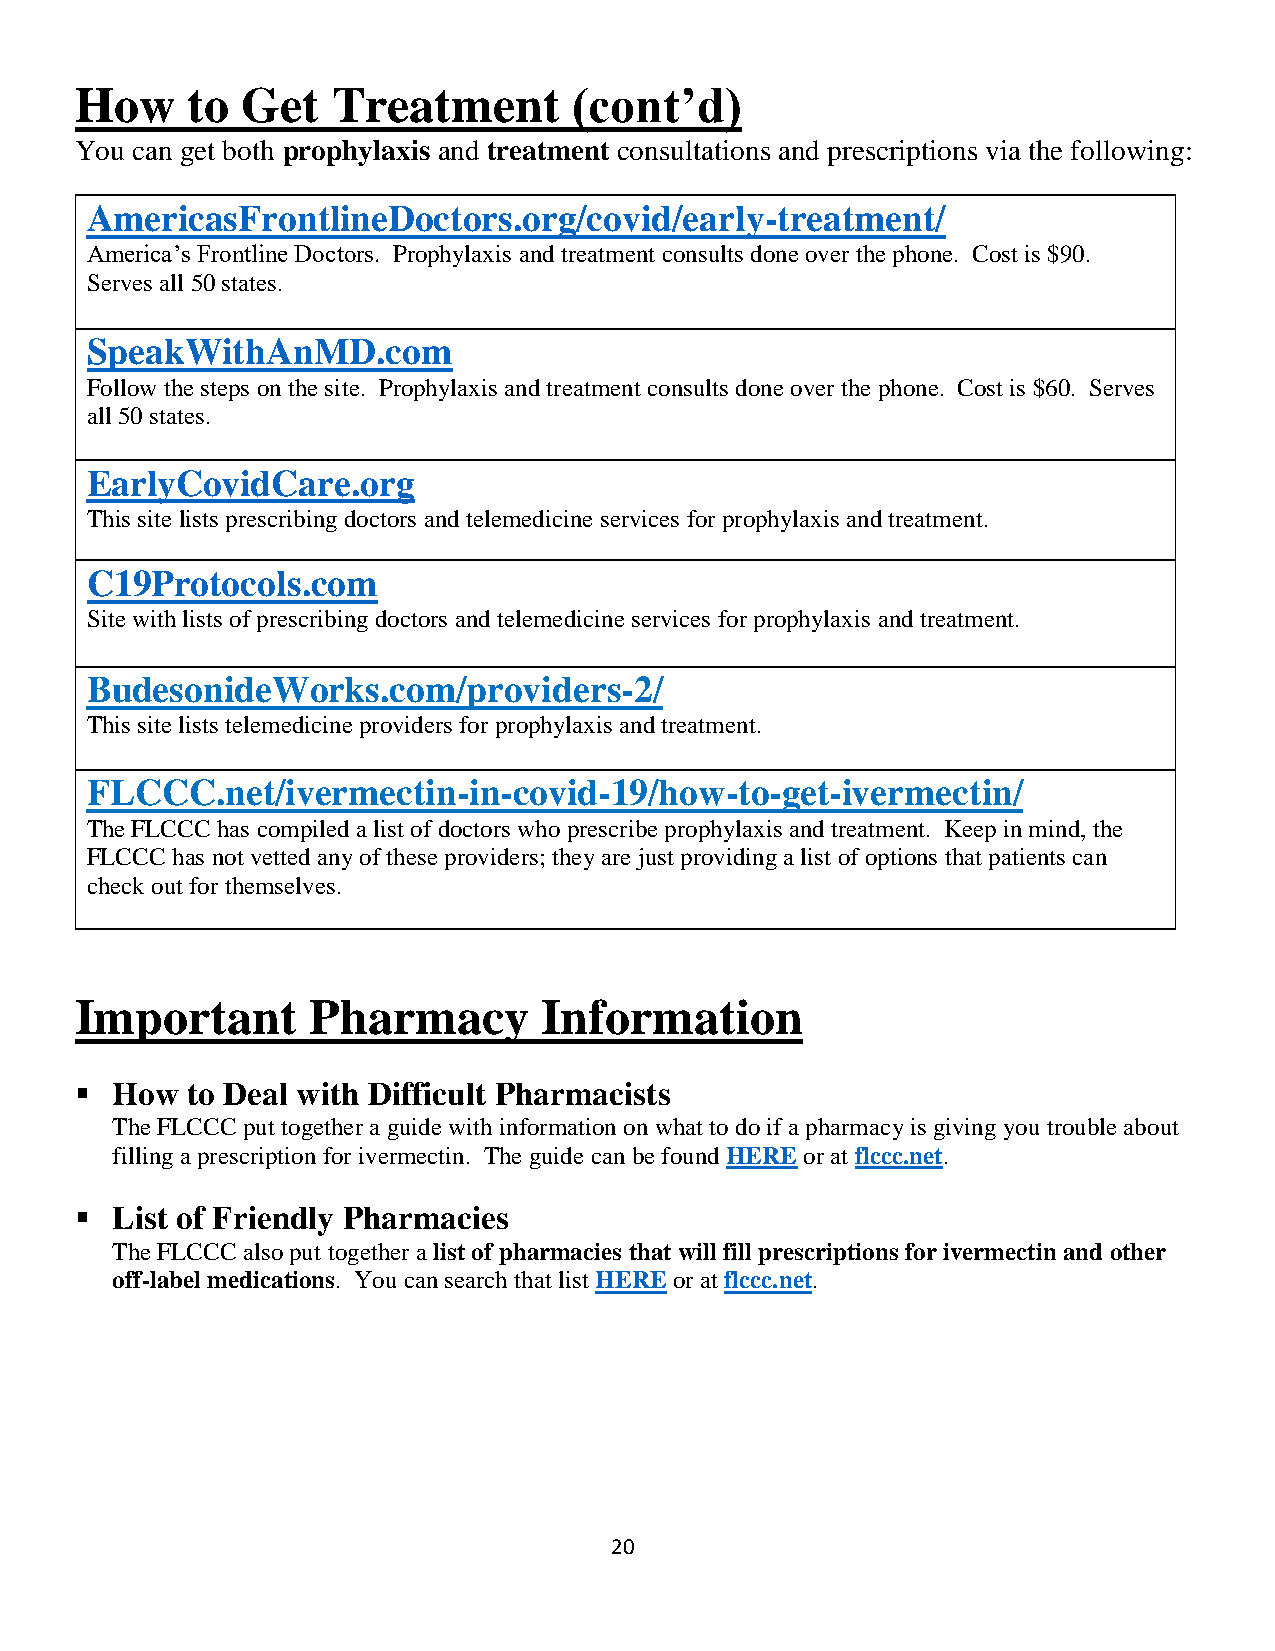
How    to  Get   Treatment       (cont’d)
 You can get both prophylaxis and treatment consultations and prescriptions via the following:
 AmericasFrontlineDoctors.org/covid/early-treatment/
 America’s Frontline Doctors. Prophylaxis and treatment consults done over the phone. Cost is $90.
 Serves all 50 states.
 SpeakWithAnMD.com
 Follow the steps on the site. Prophylaxis and treatment consults done over the phone. Cost is $60. Serves
 all 50 states.
 EarlyCovidCare.org
 This site lists prescribing doctors and telemedicine services for prophylaxis and treatment.
 C19Protocols.com
 Site with lists of prescribing doctors and telemedicine services for prophylaxis and treatment.
 BudesonideWorks.com/providers-2/
 This site lists telemedicine providers for prophylaxis and treatment.
 FLCCC.net/ivermectin-in-covid-19/how-to-get-ivermectin/
 The FLCCC has compiled a list of doctors who prescribe prophylaxis and treatment. Keep in mind, the
 FLCCC has not vetted any of these providers; they are just providing a list of options that patients can
 check out for themselves.
 Important       Pharmacy       Information
 ▪ How  to Deal with Difficult Pharmacists
 The FLCCC put together a guide with information on what to do if a pharmacy is giving you trouble about
 filling a prescription for ivermectin. The guide can be found HERE or at flccc.net.
 ▪ List of Friendly Pharmacies
 The FLCCC also put together a list of pharmacies that will fill prescriptions for ivermectin and other
 off-label medications. You can search that list HERE or at flccc.net.
 20